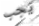
يجب